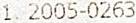
1. 2005-0263